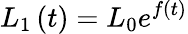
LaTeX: L_{1}\left(t\right)=L_{0}e^{f\left(t\right)}